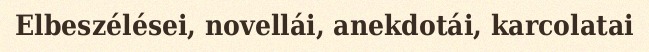
Elbeszélései, novellái, anekdotái, karcolatai